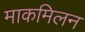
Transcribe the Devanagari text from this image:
माकमिलन